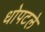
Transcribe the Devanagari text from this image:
धोपटले